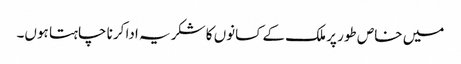
میں خاص طور پر ملک کے کسانوں کا شکریہ ادا کرنا چاہتا ہوں۔